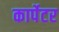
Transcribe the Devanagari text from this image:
कार्पेटर